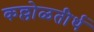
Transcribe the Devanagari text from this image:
कल्लोळतीर्थ